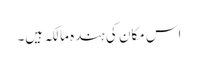
اس مکان کی ہندہ مالکہ ہیں۔